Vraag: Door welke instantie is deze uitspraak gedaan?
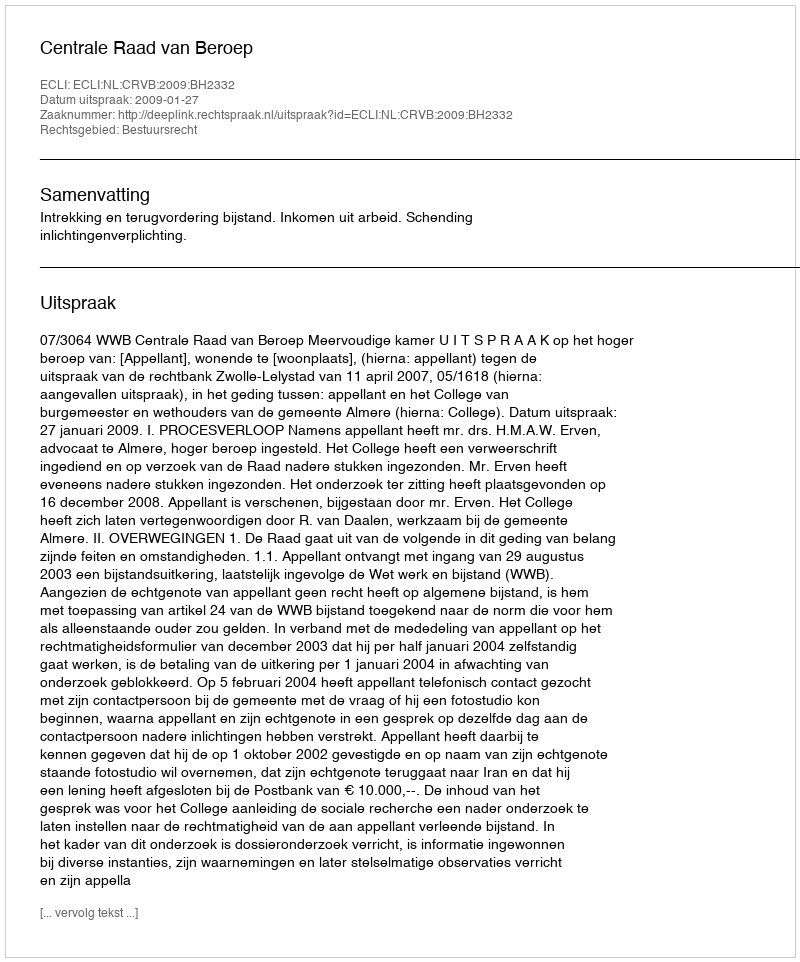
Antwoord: Centrale Raad van Beroep